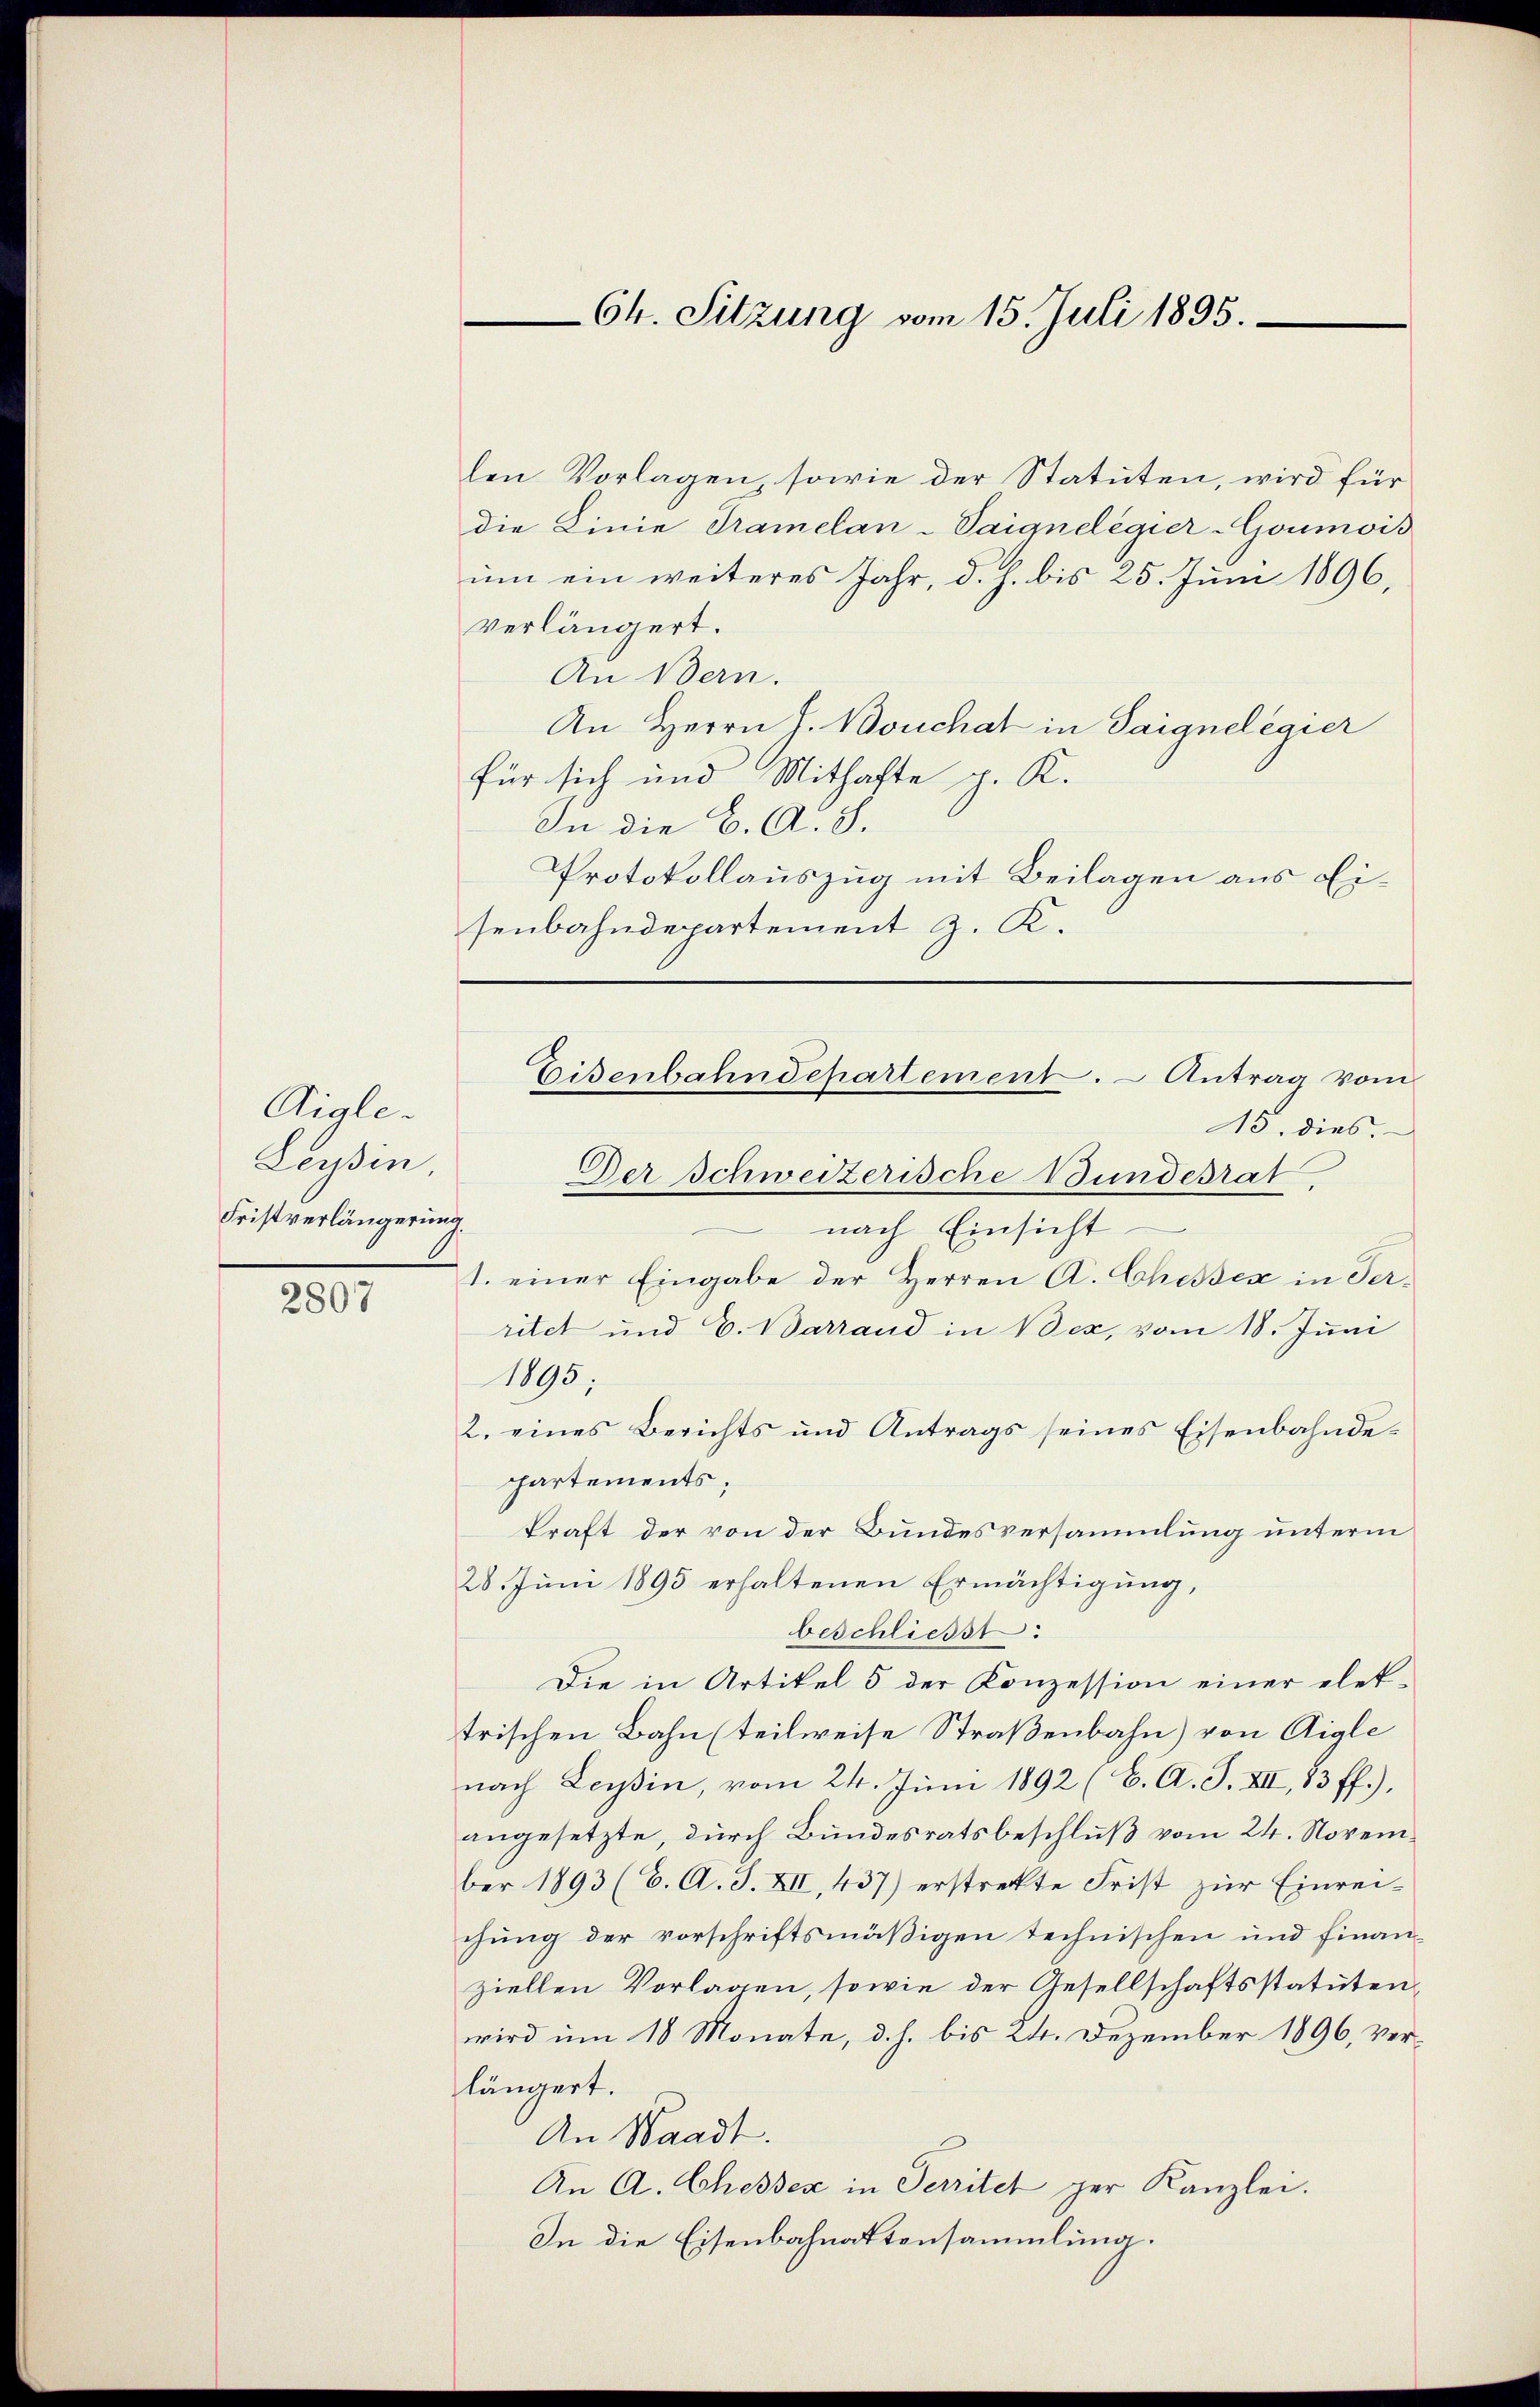
Aigle-
Leysin
Fristverlängerung
2807

len Vorlagen sowie der Statuten, wird für
die Linie Tramelan-Saignelegier-Goumois
um ein weiteres Jahr, d. h. bis 25. Juni 1896,
verlängert.
An Bern.
An Herrn J. Bouchat in Saignelegier
für sich und Mithafte p. K.
In die C. A. S.
Protokollauszug mit Beilagen aus Eisenbahndepartement z. K.

Ch. Sitzung vom 15. Juli 1895.

nach Einsicht
1. einer Eingabe der Herren A. Chassex in Serritet und E. Barrand in Bex, vom 18. Juni
1895;
2. eines Berichts und Antrags seines Eisenbahndepartements;
kraft der von der Bundesversammlung unterm
28. Juni 1895 erhaltenen Ermächtigung,
beschliesst:
Die in Artikel 5 der Konzession einer elet-
trischen Bahn (teilweise Straßenbahn) von Aigle
nach Leyssin, vom 24. Juni 1892 (C. A. J. XII, 83 ff.),
angesetzte, durch Bundesratsbeschluß vom 24. November 1893 (C. A. S. XII, 437) erstrekte Frist zur Einreichung der vorschriftsmäßigen technischen und Finanziellen Vorlagen, sowie der Gesellschaftsstatuten,
wird um 10 Monate, d. h. bis 24. Dezember 1896, ver-
längert.
An Waadt.
An A. Chessex in Perritet zur Kanzlei.
In die Eisenbahnattensammlung.

Eisenbahndepartement. – Antrag vom
15. dies.
Der Schweizerische Bundesrat